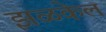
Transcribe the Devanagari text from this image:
झळकेल